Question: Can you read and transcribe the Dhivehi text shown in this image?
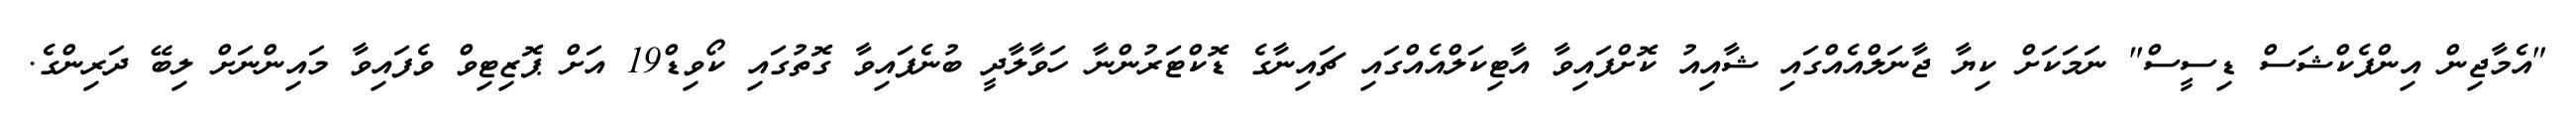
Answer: "އެމާޖިން އިންފެކްޝަސް ޑިސީސް" ނަމަކަށް ކިޔާ ޖާނަލްއެއްގައި ޝާއިއު ކޮށްފައިވާ އާޓިކަލްއެއްގައި ޗައިނާގެ ޑޮކްޓަރުންނާ ހަވާލާދީ ބުނެފައިވާ ގޮތުގައި ކޯވިޑް19 އަށް ޕޮޒިޓިވް ވެފައިވާ މައިންނަށް ލިބޭ ދަރިންގެ.